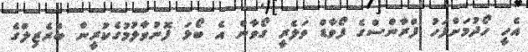
އެހީ ހޯދުމަށްފަހު ފްރާންސްގެ ފޯވާޑް ވަލެރީ ގޯވާން އެ ބޯޅަ ފޮނުވާލުމުގެކުރީން ބްރެޒިލްގެ